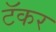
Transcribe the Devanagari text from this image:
टॅकर